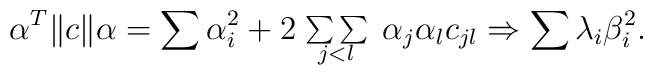
\alpha^T \|c\| \alpha =\sum \alpha_i^2  +2\!\begin{array}{c} {} \\[-3mm] {\sum\sum} \\[-3mm] {}_{j<l} \end{array}\alpha_j \alpha_l c_{jl}\Rightarrow\sum \lambda_i \beta_i^2 .